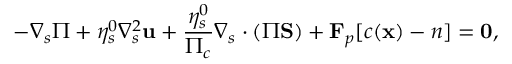
- \boldsymbol { \nabla } _ { s } \Pi + \eta _ { s } ^ { 0 } \nabla _ { s } ^ { 2 } \mathbf { u } + \frac { \eta _ { s } ^ { 0 } } { \Pi _ { c } } \boldsymbol { \nabla } _ { s } \boldsymbol { \cdot } ( \Pi \mathbf { S } ) + \mathbf { F } _ { p } [ c ( \mathbf { x } ) - n ] = \mathbf { 0 } ,